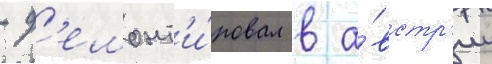
- д'емонт'и́ровал в а́встр'ии